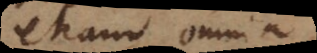
etiam omnia